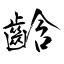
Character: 𪘒